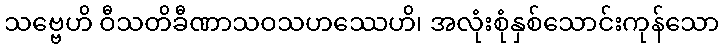
သဗ္ဗေဟိ ဝီသတိခီဏာသဝသဟဿေဟိ၊ အလုံးစုံနှစ်သောင်းကုန်သော